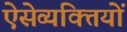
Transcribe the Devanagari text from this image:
ऐसेव्यक्तियों